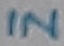
Text: IN